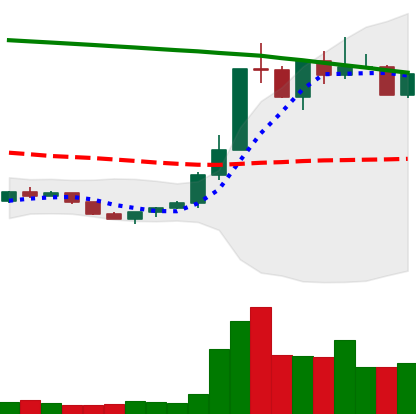
Ticker: ETC-USD
Chart end date: 2022-07-26
Forward return: 45.604%
Label: up_7plus